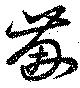
蒯